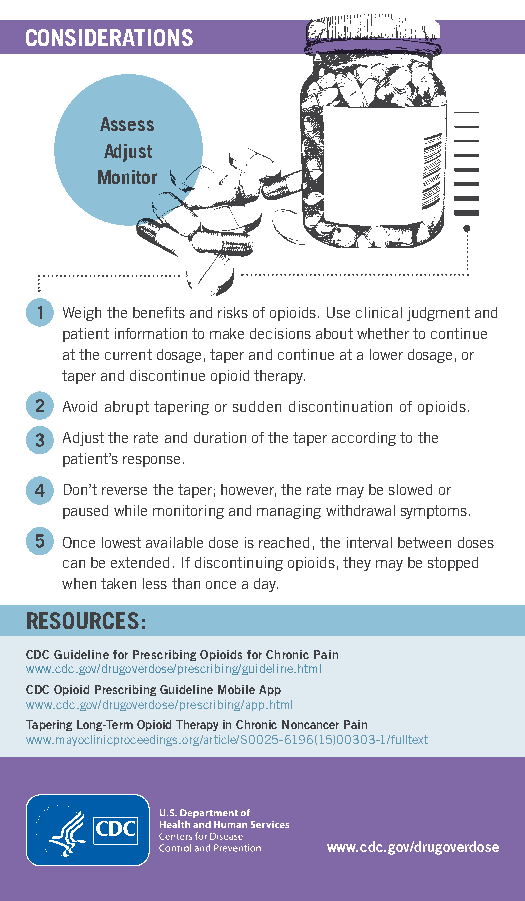
CONSIDERATIONS
 Assess
 Adjust
 Monitor
 Weigh the benefits and risks of opioids. Use clinical judgment and
 patient information to make decisions about whether to continue
 at the current dosage, taper and continue at a lower dosage, or
 taper and discontinue opioid therapy.
 Avoid abrupt tapering or sudden discontinuation of opioids.
 Adjust the rate and duration of the taper according to the
 patient’s response.
 Don’t reverse the taper; however, the rate may be slowed or
 paused while monitoring and managing withdrawal symptoms.
 Once lowest available dose is reached, the interval between doses
 can be extended. If discontinuing opioids, they may be stopped
 when taken less than once a day.
 RESOURCES:
 CDC Guideline for Prescribing Opioids for Chronic Pain
 www.cdc.gov/drugoverdose/prescribing/guideline.html
 CDC Opioid Prescribing Guideline Mobile App
 www.cdc.gov/drugoverdose/prescribing/app.html
 Tapering Long-Term Opioid Therapy in Chronic Noncancer Pain
 www.mayoclinicproceedings.org/article/S0025-6196(15)00303-1/fulltext
 U.S. Department of
 Health and Human
 Services
 www.cdc.gov/drugoverdose
 Centers for Disease
 Control and prevention